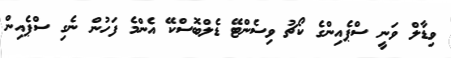
ވިޑާލް ވަނީ ސްޕެއިންގެ ކޯޗު ވިސެންޓޭ ޑެލްބޮސްކޭ އެންމެ ފަހުން ނެގި ސްޕެއިން